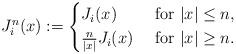
LaTeX: \begin{align*}J_{i}^n(x):=\begin{cases} J_{i}(x)& \mbox{ for } |x|\leq n,\\\frac{n}{|x|}J_{i}(x)& \mbox{ for } |x|\geq n.\end{cases}\end{align*}